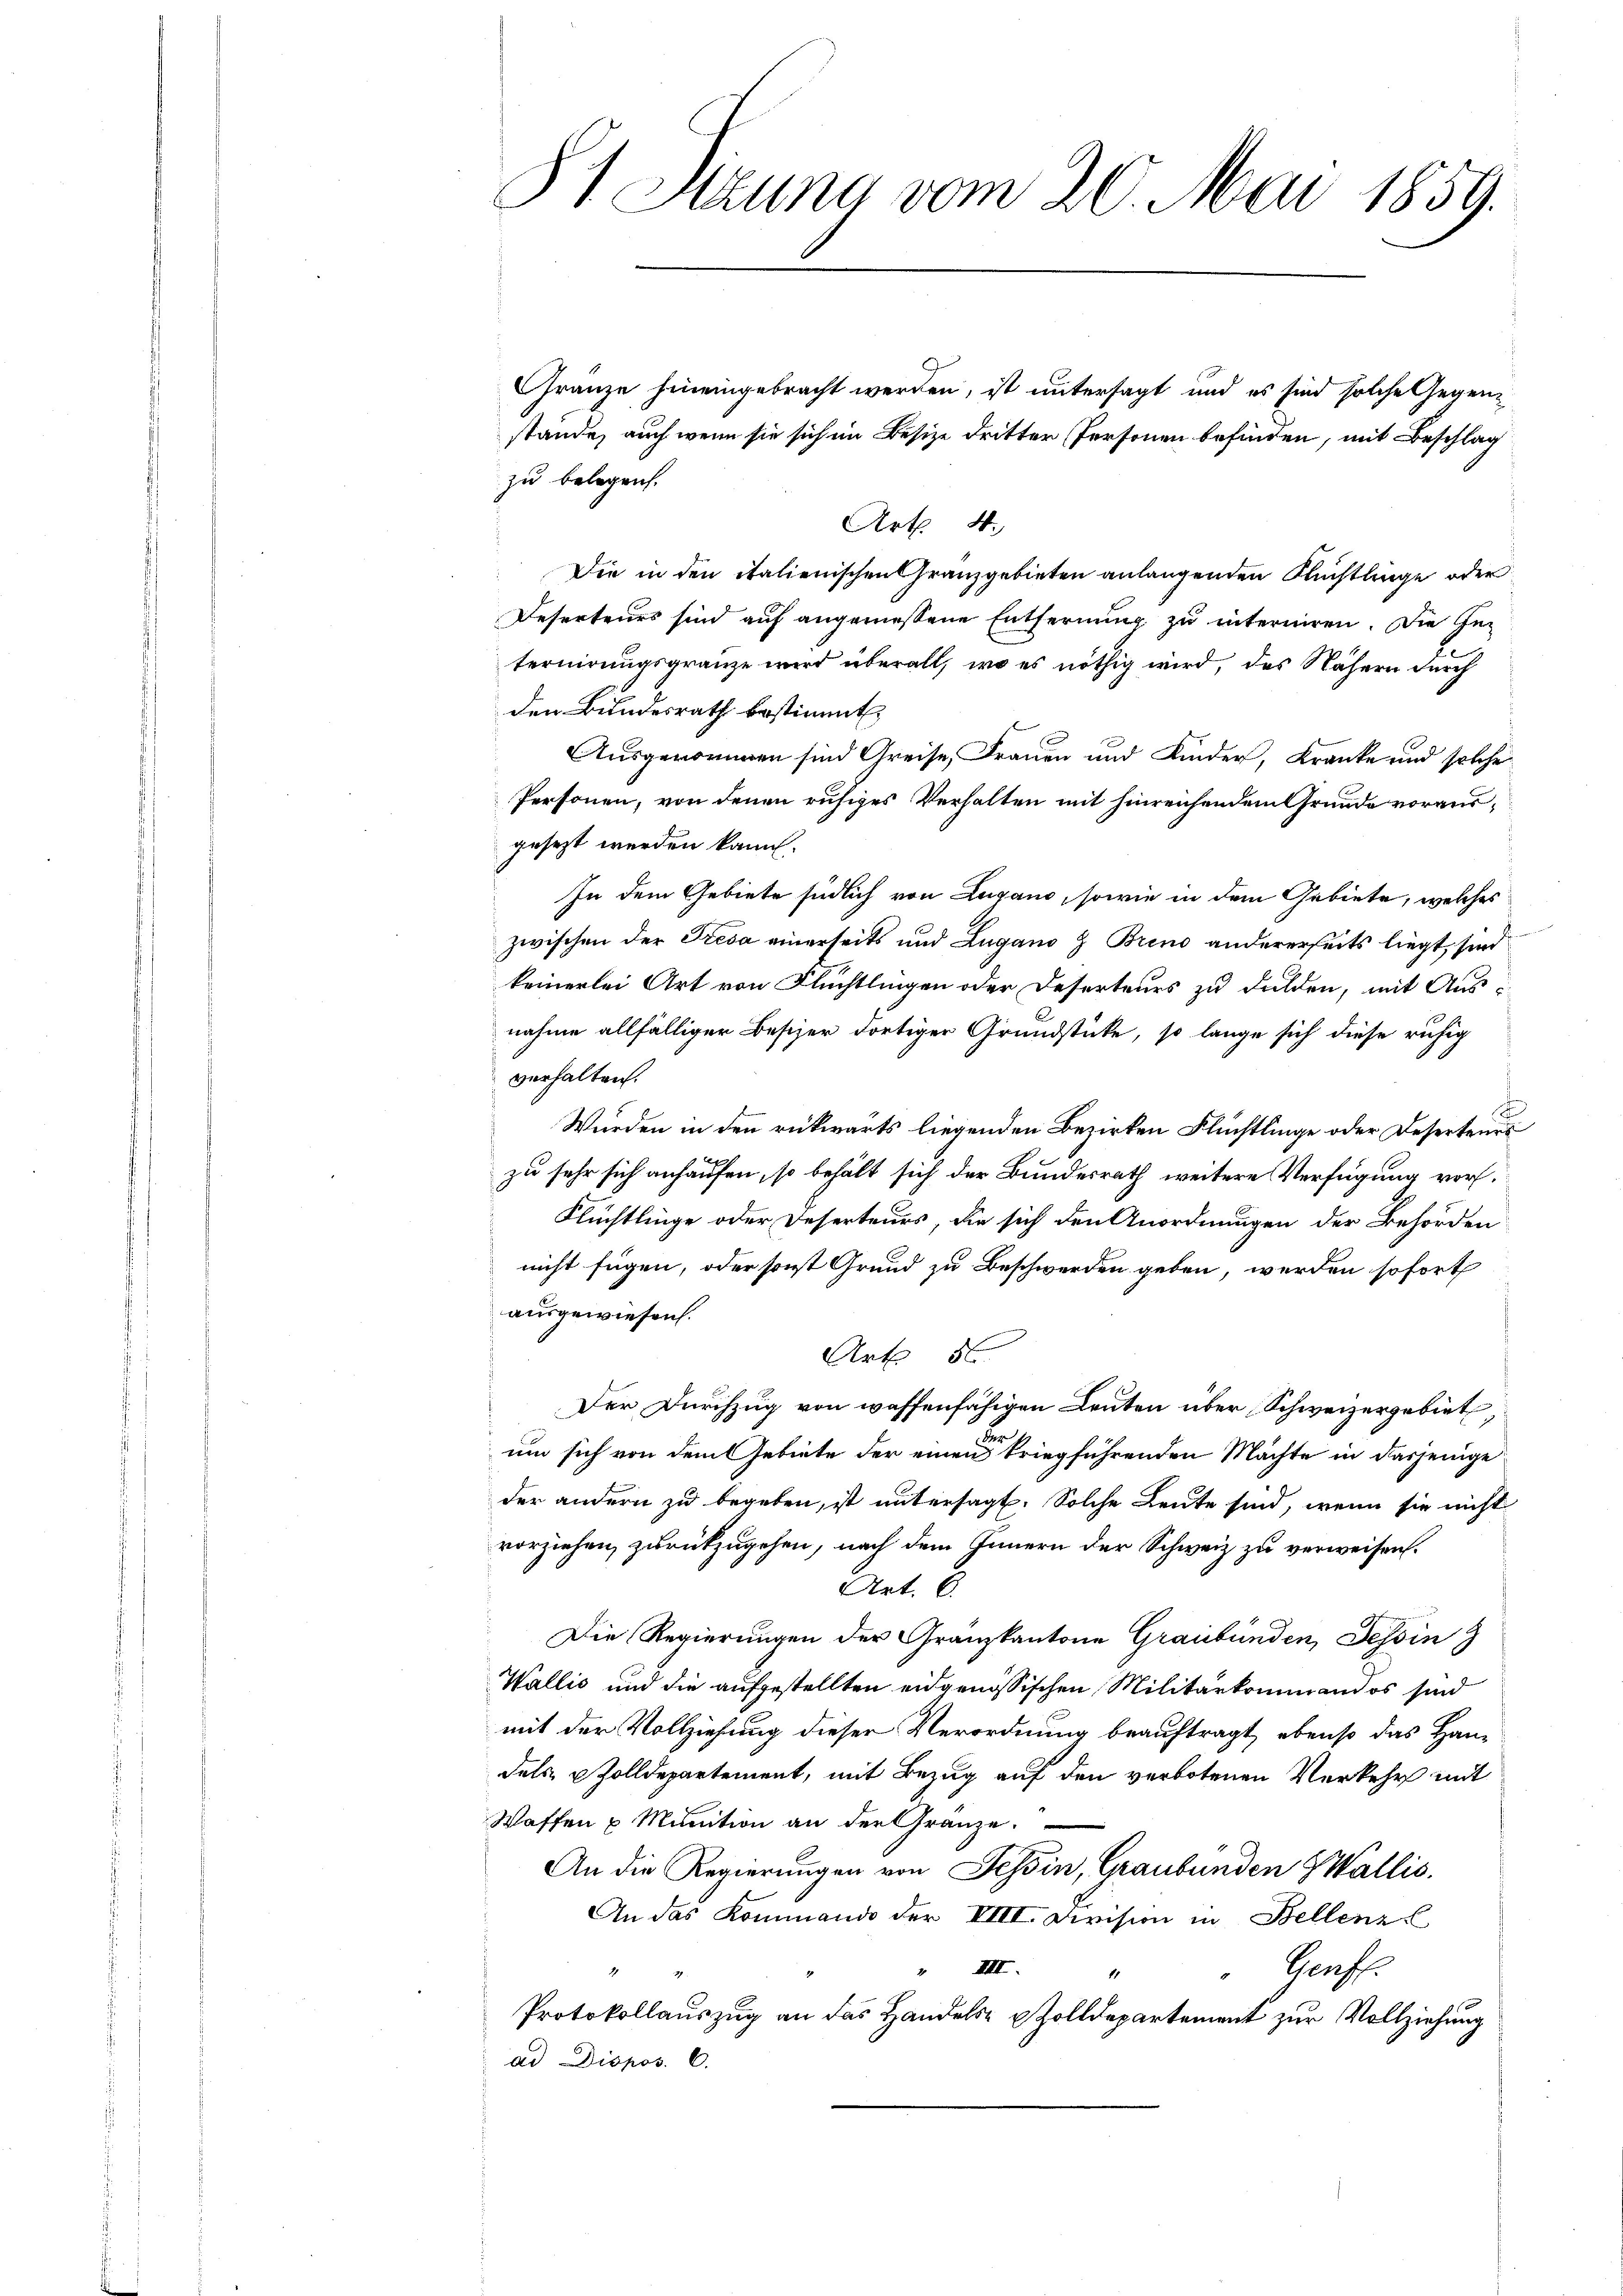
81 Setzung vom 20. Mai 1859.

Gränze hineingebracht werden, ist untersagt und es sind solche Gegenstande, auch wenn sie sich im Besize dritter Personen befinden, mit Beschlag
zu belegen.
Art. 4.
Die in den italienischen Granzgebieten anlangenden Flüchtlinge oder
Deserteurs sind auf angemessene Entfernung zu interniren. Die Ge-
ternirungsgränze wird überall, wo es nöthig wird, das Nähern durch
den Bundesrath bestimmt,
Ausgenommen sind Greise, Frauen und Kinder, Kranke und solche
Personen, von denen ruhiges Verhalten mit hinreichendem Grunde vorausgesezt werden kann.
In dem Gebiete südlich von Lugano, sowie in dem Gebiete, welches
zwischen der Tresa einerseits und Zugano z. Brino andererseits liegt, sind
keinerlei Art von Flüchtlingen oder Deserteurs zu dulden, mit Ausnahme allfälliger Besizer dortiger Grundstücke, so lange sich diese ruhig
verhalten.
Wurden in den rückwärts liegenden Bezirken Flüchtlinge oder Deserteurs
zu sehr sich anhaufen, so behält sich der Bundesrath weitere Verfügung vor¬
Flüchtlinge oder Deserteurs, die sich den Anordnungen der Behörden
nicht fügen, oder sonst Grund zu Beschwerden geben, werden sofort
ausgewiesen.
Art. 56
Der Durchzug von waffenfähigen Leuten über Schweizergebiet
F
um sich von dem Gebiete der einen kriegführenden Mächte in dasjenige
der andern zu begeben, ist untersagt. Solche Leute sind, wenn sie nicht
vorziehen, zurückzugehen, nach dem Innern der Schweiz zu verweisen.
Art. 6.
Die Regierungen der Granzkantone Graubünden, Tessin
Wallis und die aufgestellten eidgenössischen Militärkommandos sind
mit der Vollziehung dieser Verordnung beauftragt, ebenso das Handals Zolldepartement, mit Bezug auf den verbotenen Verkehr mit
Waffen u. Munition an der Gränze.
An die Regierungen von Tessin, Graubünden Wallis.
An das Kommando der VIII. Division in Bellenz
 III.
Goof.
11
Protokollauszug an das Handels- & Zolldepartement zur Vollziehung
ad Dispos. C.